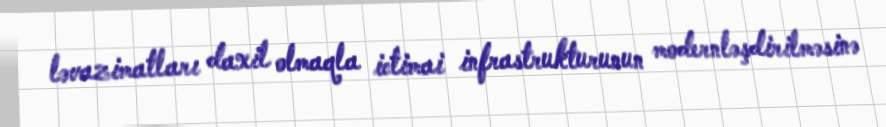
ləvazimatları daxil olmaqla ictimai infrastrukturunun modernləşdirilməsinə